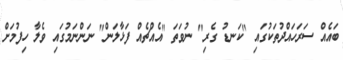
ބައެއް ސަރަހައްދުތަކުގައި "ކަނޑު ގެރި" ނުވަތަ "އެއްޗެއް ފަޅާލަން" ނަންނަމުގައި ވެލާ ހިފުމަށް